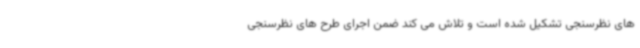
های نظرسنجی تشکیل شده است و تلاش می کند ضمن اجرای طرح های نظرسنجی